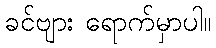
ခင်ဗျား ရောက်မှာပါ။